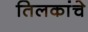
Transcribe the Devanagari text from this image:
तिलकांचे